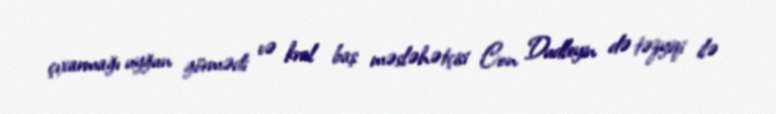
çıxarmağı uyğun görmədi və kral baş məsləhətçisi Con Dudleyin də təzyiqi ilə